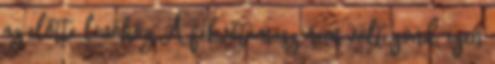
az előtte lévőhöz A fekvőtámasz nem volt gond, igen